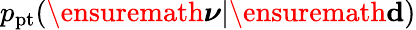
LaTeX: p_{\mathrm{pt}}(\ensuremath{\boldsymbol\nu}|\ensuremath{\mathbf d})